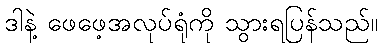
ဒါနဲ့ ဖေဖေ့အလုပ်ရုံကို သွားရပြန်သည်။